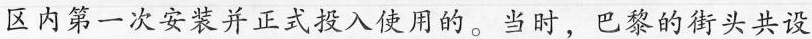
区内第一次安装并正式投入使用的。当时，巴黎的街头共设